Annual report on the working of the lock hospitals in the North-Western Provinces and Oudh
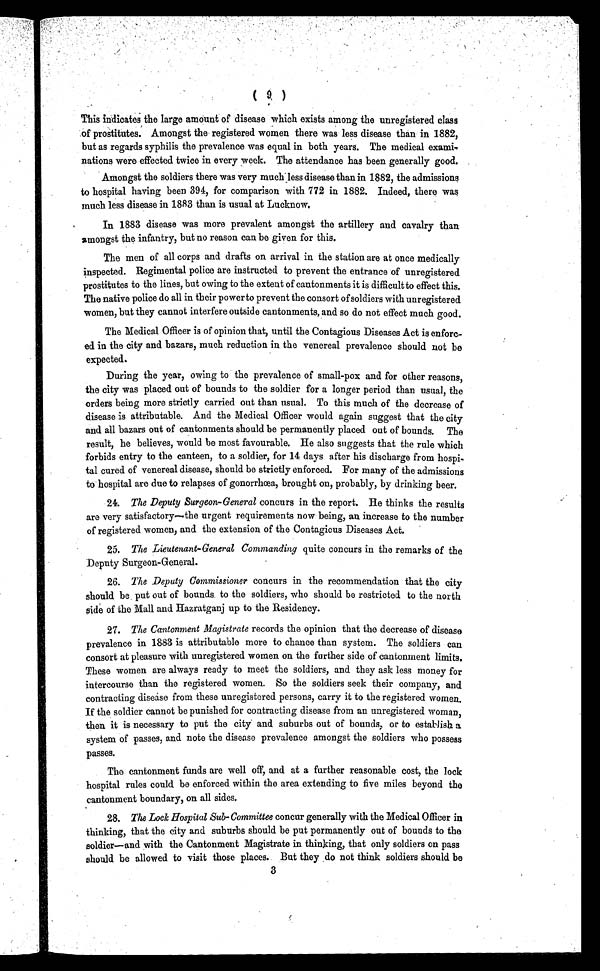
( 9 )
This indicates the large amount of disease which exists among the unregistered class
of prostitutes. Amongst the registered women there was less disease than in 1882,
but as regards syphilis the prevalence was equal in both years. The medical exami-
nations were effected twice in every week. The attendance has been generally good.
Amongst the soldiers there was very much less disease than in 1882, the admissions
to hospital having been 394, for comparison with 772 in 1882. Indeed, there was
much less disease in 1883 than is usual at Lucknow.
In 1883 disease was more prevalent amongst the artillery and cavalry than
amongst the infantry, but no reason can be given for this.
The men of all corps and drafts on arrival in the station are at once medically
inspected. Regimental police are instructed to prevent the entrance of unregistered
prostitutes to the lines, but owing to the extent of cantonments it is difficult to effect this.
The native police do all in their powerto prevent the consort of soldiers with unregistered
women, but they cannot interfere outside cantonments, and so do not effect much good.
The Medical Officer is of opinion that, until the Contagious Diseases Act is enforc-
ed. in the city and bazars, much reduction in the venereal prevalence should not be
expected.
During the year, owing to the prevalence of small-pox and for other reasons,
the city was placed out of bounds to the soldier for a longer period than usual, the
orders being more strictly carried out than usual. To this much of the decrease of
disease is attributable. And the Medical Officer would again suggest that the city
and all bazars out of cantonments should be permanently placed out of bounds. The
result, he believes, would be most favourable. He also suggests that the rule which
forbids entry to the canteen, to a soldier, for 14 days after his discharge from hospi-
tal cured of venereal disease, should be strictly enforced. For many of the admissions
to' hospital are due to relapses of gonorrhoea, brought on, probably, by drinking beer.
24. The Deputy Surgeon-General concurs in the report. He thinks the results
are very satisfactory—the urgent requirements now being, an increase to the number
of registered women, and the extension of the Contagious Diseases Act.
25. The Lieutenant-General Commanding quite concurs in the remarks of the
Deputy Surgeon-General.
26. The Deputy Commissioner concurs in the recommendation that the city
should be put out of bounds to the soldiers, who should be restricted to the north
side of the Mall and Hazratganj up to the Residency.
27. The Cantonment Magistrate records the opinion that the decrease of disease
prevalence in 1883 is attributable more to chance than system. The soldiers can
consort at pleasure with unregistered women on the further side of cantonment limits.
These women are always ready to meet the soldiers, and they ask less money for
intercourse than the registered women. So the soldiers seek their company, and
contracting disease from these unregistered persons, carry it to the registered women.
If the soldier cannot be punished for contracting disease from an unregistered woman,
then it is necessary to put the city and suburbs out of bounds, or to establish a
system of passes, and note the disease prevalence amongst the soldiers who possess
passes.
The cantonment funds are well off, and at a further reasonable cost, the lock
hospital rules could be enforced within the area extending to five miles beyond the
cantonment boundary, on all sides.
28. The Lock Hospital Sub-Committee concur generally with the Medical Officer in
thinking, that the city and suburbs should be put permanently out of bounds to the
soldier—and with the Cantonment Magistrate in thinking, that only soldiers on pass
should be allowed to visit those places.. But they do not think soldiers should be
3